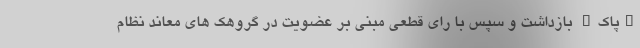
"پاک" بازداشت و سپس با رای قطعی مبنی بر عضویت در گروهک های معاند نظام